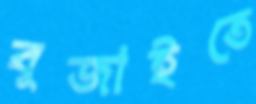
বুজাইতে